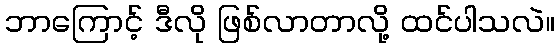
ဘာကြောင့် ဒီလို ဖြစ်လာတာလို့ ထင်ပါသလဲ။